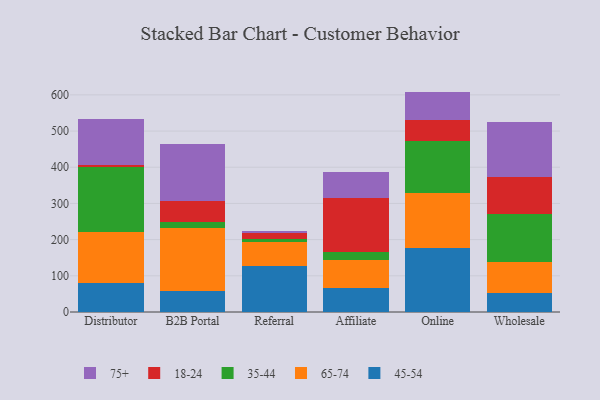
{"axis": {"x": "Channel", "y": "Waste Production (Tons)"}, "legend": ["18-24", "35-44", "45-54", "65-74", "75+"], "data": [{"x": "Distributor", "y": 80.4, "type": "45-54"}, {"x": "Distributor", "y": 142.0, "type": "65-74"}, {"x": "Distributor", "y": 178.5, "type": "35-44"}, {"x": "Distributor", "y": 6.0, "type": "18-24"}, {"x": "Distributor", "y": 125.8, "type": "75+"}, {"x": "B2B Portal", "y": 58.9, "type": "45-54"}, {"x": "B2B Portal", "y": 174.4, "type": "65-74"}, {"x": "B2B Portal", "y": 16.8, "type": "35-44"}, {"x": "B2B Portal", "y": 56.7, "type": "18-24"}, {"x": "B2B Portal", "y": 158.7, "type": "75+"}, {"x": "Referral", "y": 125.8, "type": "45-54"}, {"x": "Referral", "y": 67.0, "type": "65-74"}, {"x": "Referral", "y": 9.3, "type": "35-44"}, {"x": "Referral", "y": 16.5, "type": "18-24"}, {"x": "Referral", "y": 5.4, "type": "75+"}, {"x": "Affiliate", "y": 66.5, "type": "45-54"}, {"x": "Affiliate", "y": 78.5, "type": "65-74"}, {"x": "Affiliate", "y": 21.4, "type": "35-44"}, {"x": "Affiliate", "y": 148.9, "type": "18-24"}, {"x": "Affiliate", "y": 70.4, "type": "75+"}, {"x": "Online", "y": 177.2, "type": "45-54"}, {"x": "Online", "y": 152.8, "type": "65-74"}, {"x": "Online", "y": 143.9, "type": "35-44"}, {"x": "Online", "y": 56.1, "type": "18-24"}, {"x": "Online", "y": 79.1, "type": "75+"}, {"x": "Wholesale", "y": 53.0, "type": "45-54"}, {"x": "Wholesale", "y": 85.1, "type": "65-74"}, {"x": "Wholesale", "y": 132.2, "type": "35-44"}, {"x": "Wholesale", "y": 104.1, "type": "18-24"}, {"x": "Wholesale", "y": 151.9, "type": "75+"}]}